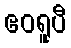
ဧဝရူပီ